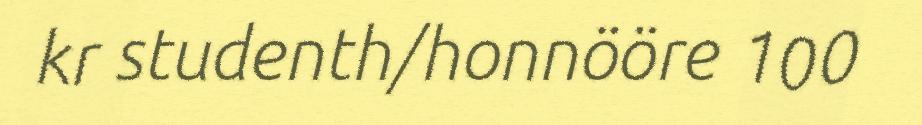
kr studenth/honnööre 100